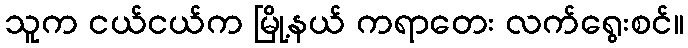
သူက ငယ်ငယ်က မြို့နယ် ကရာတေး လက်ရွေးစင်။